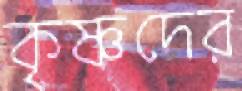
কৃষ্ণদের